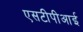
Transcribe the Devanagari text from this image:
एसटीपीआई